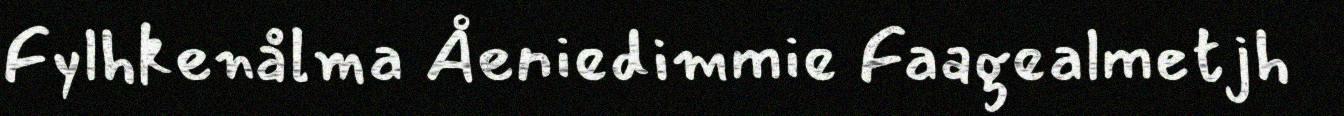
Fylhkenålma Åeniedimmie Faagealmetjh